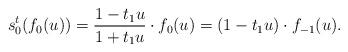
LaTeX: \begin{align*}s_0^t( f_0(u))=\frac{1-t_1u}{1+t_1u} \cdot f_0(u)=(1-t_1u)\cdot f_{-1}(u).\end{align*}